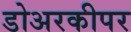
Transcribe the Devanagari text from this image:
डोअरकीपर